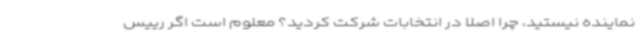
نماینده نیستید، چرا اصلا در انتخابات شرکت کردید؟ معلوم است اگر رییس